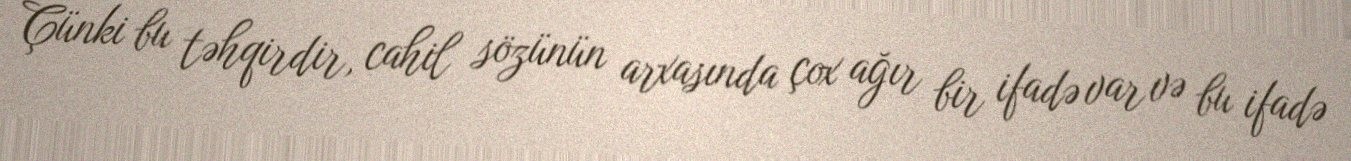
Çünki bu təhqirdir, cahil sözünün arxasında çox ağır bir ifadə var və bu ifadə